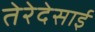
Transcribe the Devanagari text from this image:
तेरेदेसाई